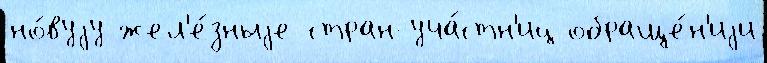
но́вуjу жел'е́зныjе стран-уча́стн'иц обраще́н'иjи